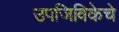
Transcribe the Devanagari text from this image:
उपजिविकेचे